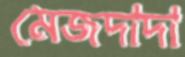
মেজদাদা